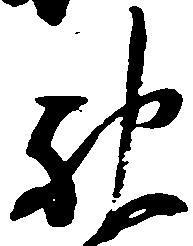
神